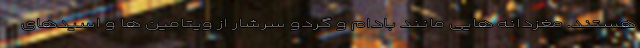
هستند. مغزدانه هایی مانند بادام و گردو سرشار از ویتامین ها و اسیدهای